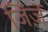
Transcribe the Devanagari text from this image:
जिंज़ें